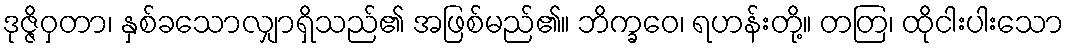
ဒုဇ္ဇိဝှတာ၊ နှစ်ခသောလျှာရှိသည်၏ အဖြစ်မည်၏။ ဘိက္ခဝေ၊ ရဟန်းတို့။ တတြ၊ ထိုငါးပါးသော